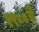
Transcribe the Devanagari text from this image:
१९८०चे